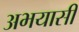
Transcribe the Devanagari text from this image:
अभयासी